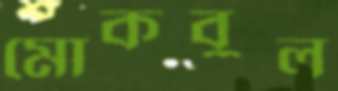
মোকবুল